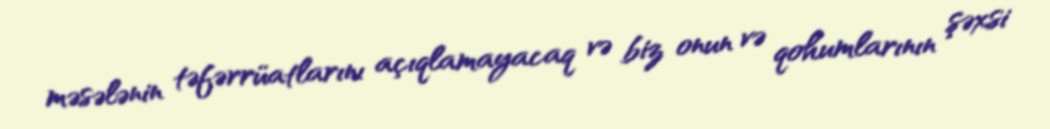
məsələnin təfərrüatlarını açıqlamayacaq və biz onun və qohumlarının şəxsi